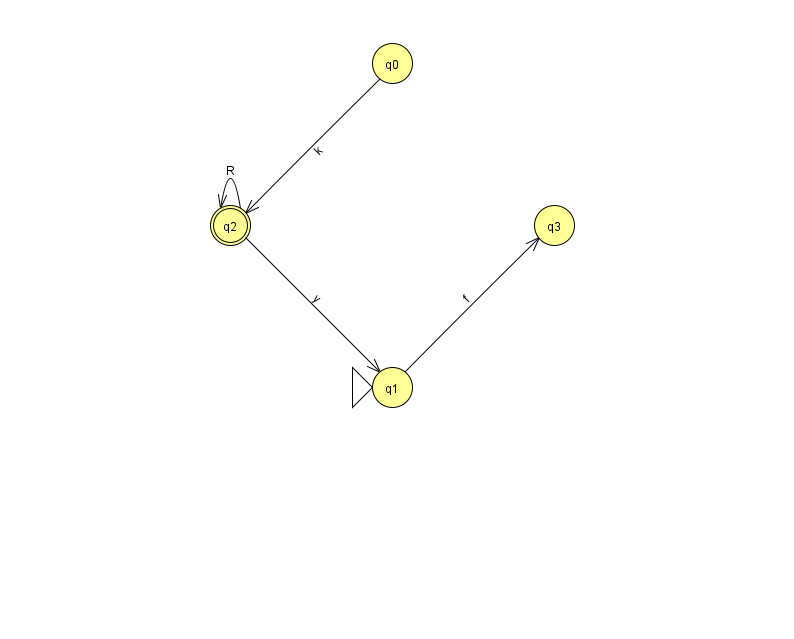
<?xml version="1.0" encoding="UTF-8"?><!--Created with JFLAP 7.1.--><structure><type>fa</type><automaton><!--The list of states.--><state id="0" name="q0"><x>392.0</x><y>50.0</y></state><state id="1" name="q1"><x>392.0</x><y>374.0</y><initial/></state><state id="2" name="q2"><x>230.0</x><y>212.0</y><final/></state><state id="3" name="q3"><x>554.0</x><y>212.0</y></state><!--The list of transitions.--><transition><from>2</from><to>2</to><read>R</read></transition><transition><from>0</from><to>2</to><read>k</read></transition><transition><from>1</from><to>3</to><read>f</read></transition><transition><from>2</from><to>1</to><read>y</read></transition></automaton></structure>